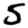
Digit: 5